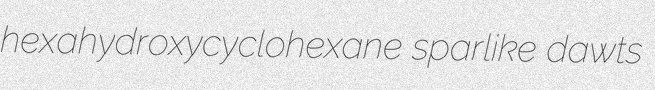
hexahydroxycyclohexane sparlike dawts